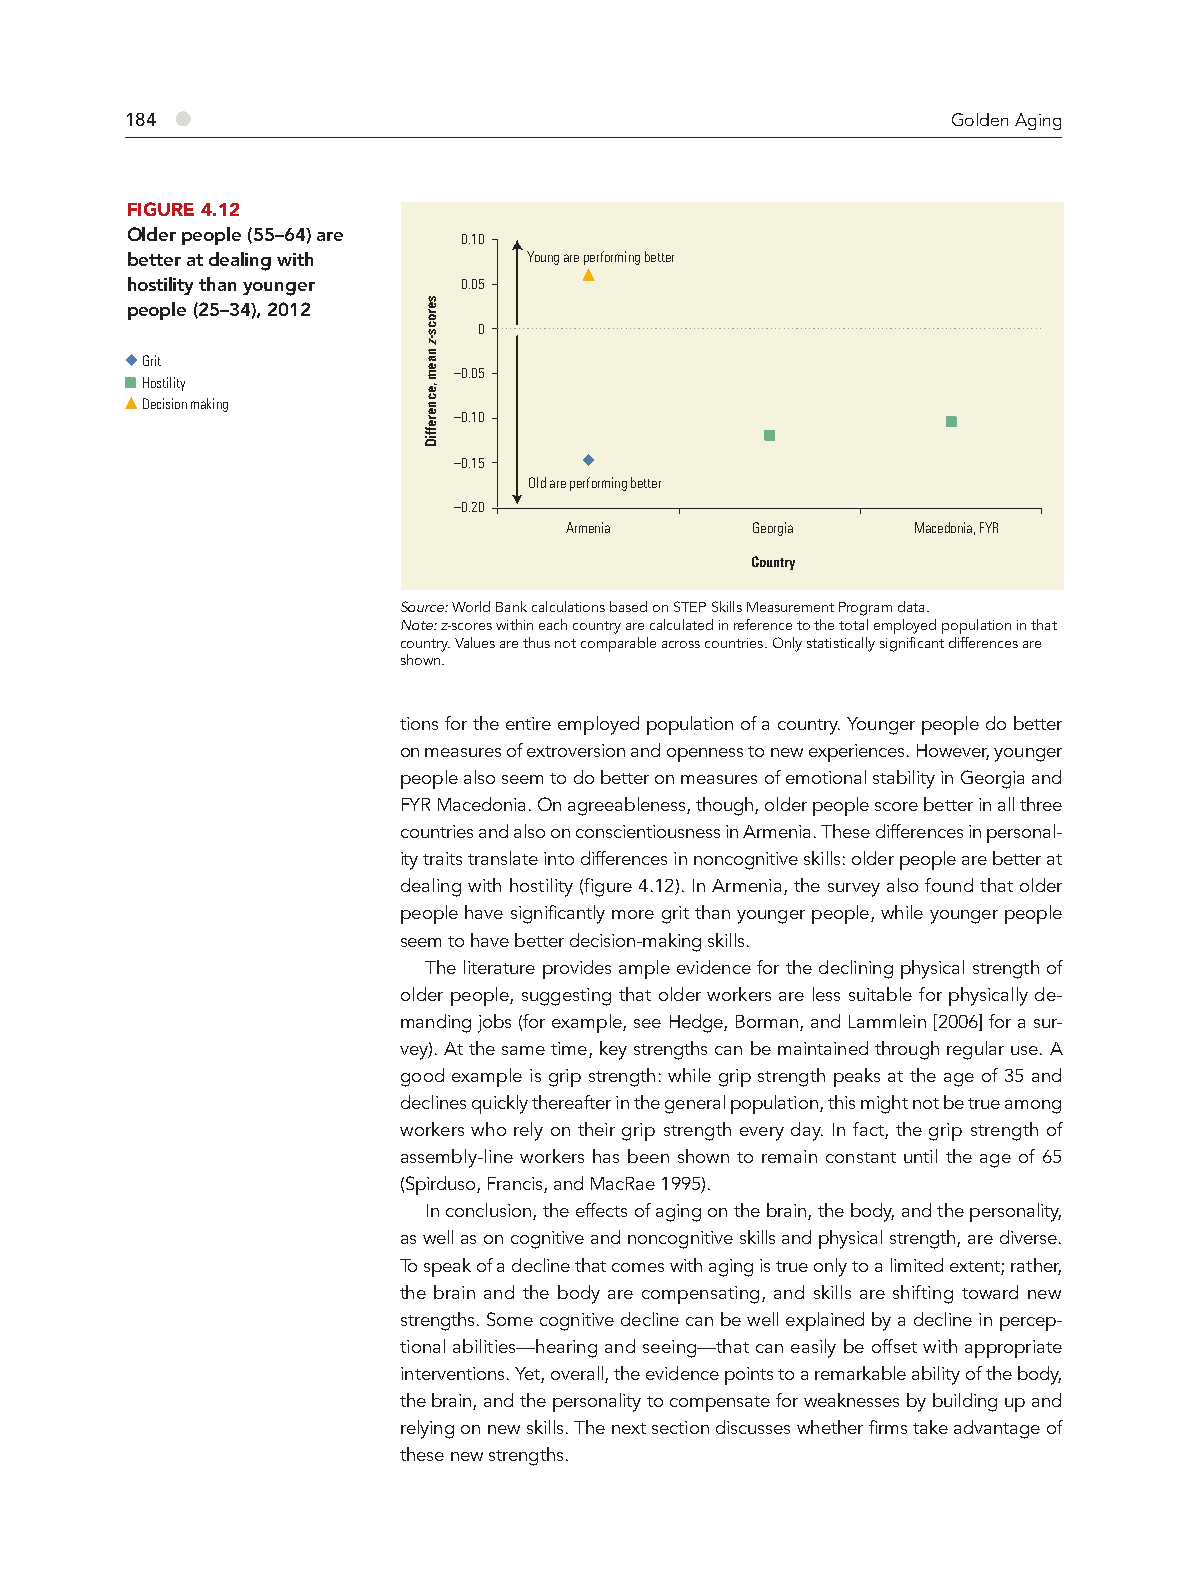
184 ●                                                  Golden Aging
 FIGURE 4.12
 Older people (55–64) are 0.10
 better at dealing with     Young are performing better
 hostility than younger 0.05
 people (25–34), 2012
 0
 Grit
 –0.05
 Hostility
 Decision making
 –0.10
 –0.15
 Old are performing better
 –0.20
 Armenia      Georgia   Macedonia, FYR
 Country
 Source: World Bank calculations based on STEP Skills Measurement Program data.
 Note: z-scores within each country are calculated in reference to the total employed population in that
 country. Values are thus not comparable across countries. Only statistically significant differences are
 shown.
 tions for the entire employed population of a country. Younger people do better
 on measures of extroversion and openness to new experiences. However, younger
 people also seem to do better on measures of emotional stability in Georgia and
 FYR Macedonia. On agreeableness, though, older people score better in all three
 countries and also on conscientiousness in Armenia. These differences in personal-
 ity traits translate into differences in noncognitive skills: older people are better at
 dealing with hostility (figure 4.12). In Armenia, the survey also found that older
 people have significantly more grit than younger people, while younger people
 seem to have better decision-making skills.
 The literature provides ample evidence for the declining physical strength of
 older people, suggesting that older workers are less suitable for physically de-
 manding jobs (for example, see Hedge, Borman, and Lammlein [2006] for a sur-
 vey). At the same time, key strengths can be maintained through regular use. A
 good example is grip strength: while grip strength peaks at the age of 35 and
 declines quickly thereafter in the general population, this might not be true among
 workers who rely on their grip strength every day. In fact, the grip strength of
 assembly-line workers has been shown to remain constant until the age of 65
 (Spirduso, Francis, and MacRae 1995).
 In conclusion, the effects of aging on the brain, the body, and the personality,
 as well as on cognitive and noncognitive skills and physical strength, are diverse.
 To speak of a decline that comes with aging is true only to a limited extent; rather,
 the brain and the body are compensating, and skills are shifting toward new
 strengths. Some cognitive decline can be well explained by a decline in percep-
 tional abilities—hearing and seeing—that can easily be offset with appropriate
 interventions. Yet, overall, the evidence points to a remarkable ability of the body,
 the brain, and the personality to compensate for weaknesses by building up and
 relying on new skills. The next section discusses whether firms take advantage of
 these new strengths.
 serocs-z
 naem
 ,ecnereffiD